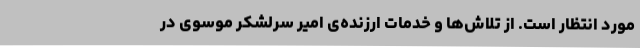
مورد انتظار است. از تلاش‌ها و خدمات ارزنده‌ی امیر سرلشکر موسوی در